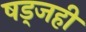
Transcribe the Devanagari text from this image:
षड्जही